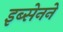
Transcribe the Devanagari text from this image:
इब्सेनने